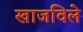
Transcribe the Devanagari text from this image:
खाजविले